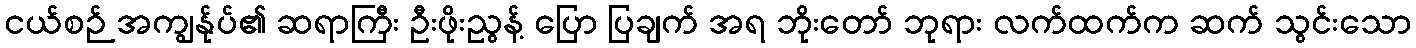
ငယ်စဉ် အကျွန်ုပ်၏ ဆရာကြီး ဦးဖိုးညွန့် ပြော ပြချက် အရ ဘိုးတော် ဘုရား လက်ထက်က ဆက် သွင်းသော